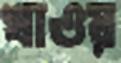
খাওয়